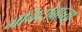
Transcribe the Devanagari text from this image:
मॅनिटोबाच्या